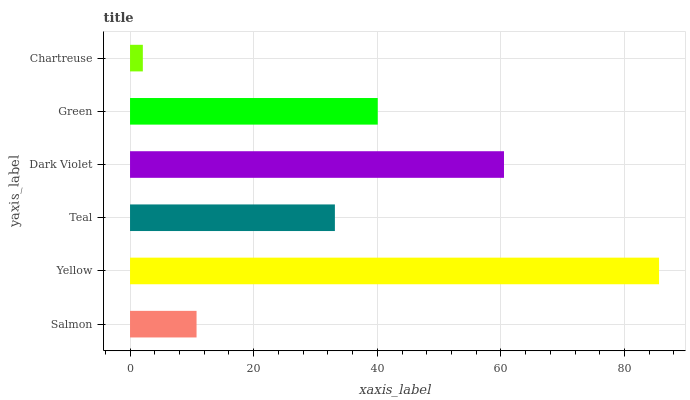
| yaxis_label | bars |
 | --- | --- |
 | Salmon | 10.8 |
 | Yellow | 85.6 |
 | Teal | 33.1 |
 | Dark Violet | 60.5 |
 | Green | 40.1 |
 | Chartreuse | 2.07 |